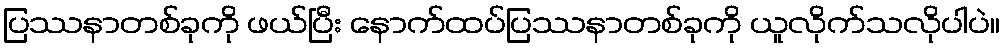
ပြဿနာတစ်ခုကို ဖယ်ပြီး နောက်ထပ်ပြဿနာတစ်ခုကို ယူလိုက်သလိုပါပဲ။